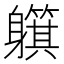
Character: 𲄰